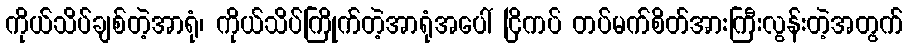
ကိုယ်သိပ်ချစ်တဲ့အာရုံ၊ ကိုယ်သိပ်ကြိုက်တဲ့အာရုံအပေါ် ငြိကပ် တပ်မက်စိတ်အားကြီးလွန်းတဲ့အတွက်